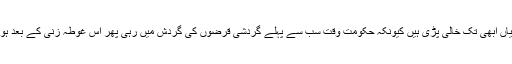
یوں توافواج پاکستان اور ہائیر ایجوکیشن کمیشن کے چئیرمین کے علاوہ بہت سارے اہم عہدوں کی کرسیاں ابھی تک خالی پڑی ہیں کیونکہ حکومت وقت سب سے پہلے گردشی قرضوں کی گردش میں رہی پھر اس غوطہ زنی کے بعد ہوا میں اڑتے ہوئے جہازوں کو جھپہ دے مارا جس سے خلاصی عدلیہ کی بر وقت مدد سے حاصل ہوئی۔